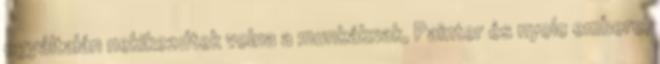
egyáltalán nekikezdtek volna a munkáknak, Painter és nyolc embere,